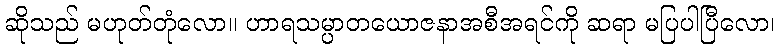
ဆိုသည် မဟုတ်တုံလော။ ဟာရသမ္ပာတယောဇနာအစီအရင်ကို ဆရာ မပြပါပြီလော၊